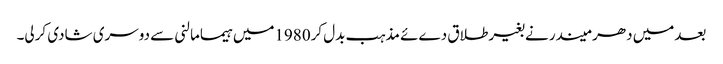
بعدمیں دھر میندر نے بغیرطلاق دےئے مذہب بدل کر1980میں ہیمامالنی سے دوسری شادی کرلی۔